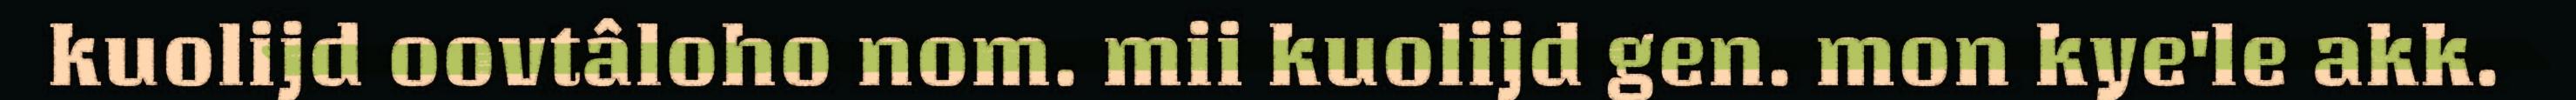
kuolijd oovtâloho nom. mii kuolijd gen. mon kye'le akk.